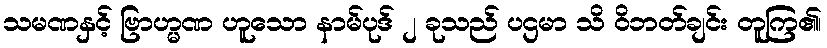
သမဏနှင့် ဗြာဟ္မဏ ဟူသော နာမ်ပုဒ် ၂ ခုသည် ပဌမာ သိ ဝိဘတ်ချင်း တူကြ၏၊